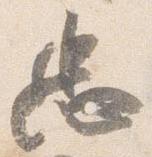
忠